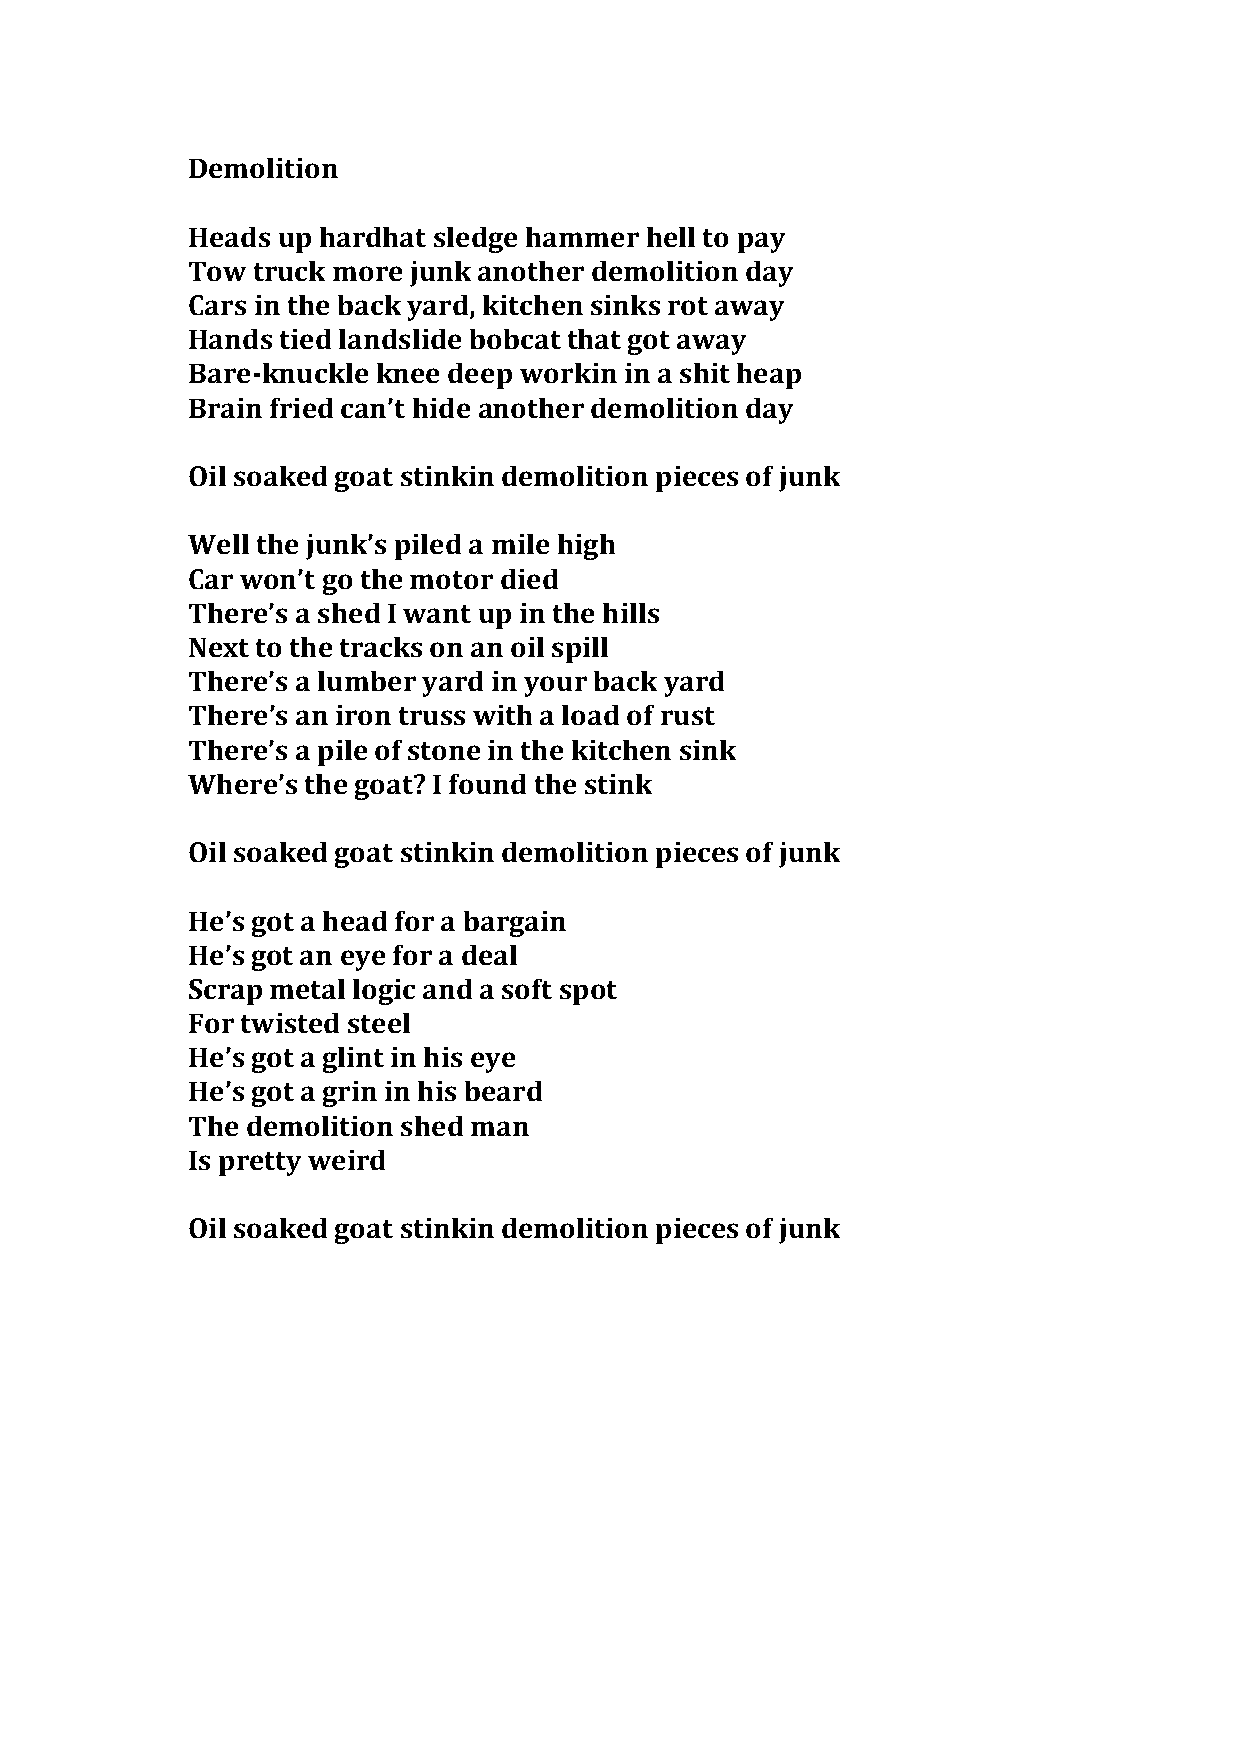
Demolition
 Heads up hardhat sledge hammer hell to pay
 Tow  truck more junk another demolition day
 Cars in the back yard, kitchen sinks rot away
 Hands  tied landslide bobcat that got away
 Bare-­‐knuckle knee deep workin in a shit heap
 Brain fried can’t hide another demolition day
 Oil soaked goat stinkin demolition pieces of junk
 Well the junk’s piled a mile high
 Car won’t go the motor died
 There’s a shed I want up in the hills
 Next to the tracks on an oil spill
 There’s a lumber yard in your back yard
 There’s an iron truss with a load of rust
 There’s a pile of stone in the kitchen sink
 Where’s the goat? I found the stink
 Oil soaked goat stinkin demolition pieces of junk
 He’s got a head for a bargain
 He’s got an eye for a deal
 Scrap metal logic and a soft spot
 For twisted steel
 He’s got a glint in his eye
 He’s got a grin in his beard
 The demolition shed man
 Is pretty weird
 Oil soaked goat stinkin demolition pieces of junk